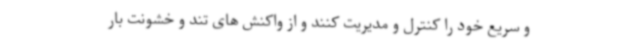
و سریع خود را کنترل و مدیریت کنند و از واکنش های تند و خشونت بار